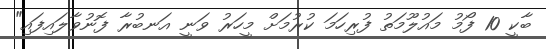
ބާކީ 10 ފޯމު މައުލޫމަތު ފުރިހަމަ ކުރުމަށް މީހަރު ވަނީ އަނބުރާ ފޮނުވާލައިފައި"